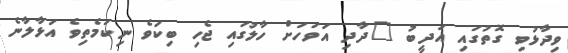
ވިދާޅުވި ގޮތުގައި އަދީބު "ދާދި އަވަހަށް ހާލުގައި ޖެހި ބިކަވެ ނިކަމެތިވެ އަޅާލާނެ